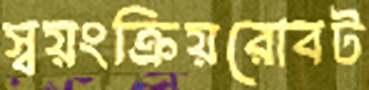
স্বয়ংক্রিয়রোবট